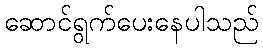
ဆောင်ရွက်ပေးနေပါသည်